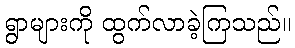
ရွာများကို ထွက်လာခဲ့ကြသည်။